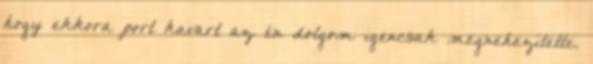
hogy ekkora port kavart az én dolgom igencsak megnehezítette.